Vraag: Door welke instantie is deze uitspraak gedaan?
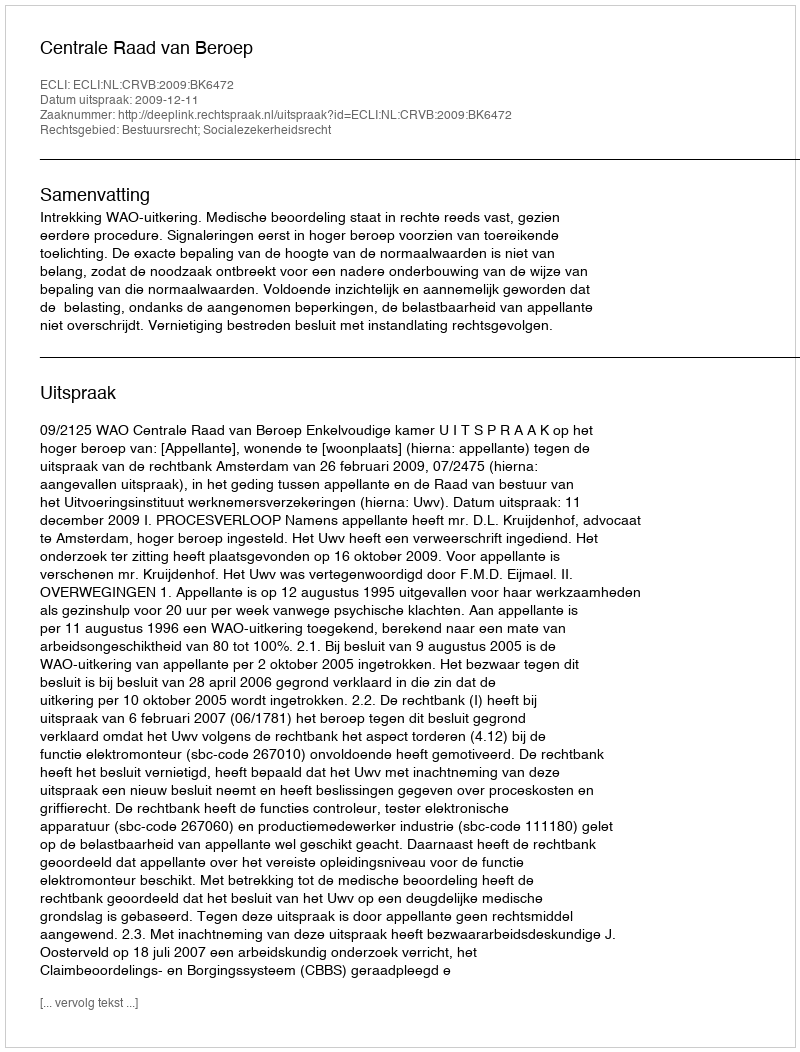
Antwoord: Centrale Raad van Beroep